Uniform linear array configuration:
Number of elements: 12
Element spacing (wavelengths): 0.5
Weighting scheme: hann
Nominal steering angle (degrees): -15
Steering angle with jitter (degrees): -13.764
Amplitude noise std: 0.05
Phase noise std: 0.05

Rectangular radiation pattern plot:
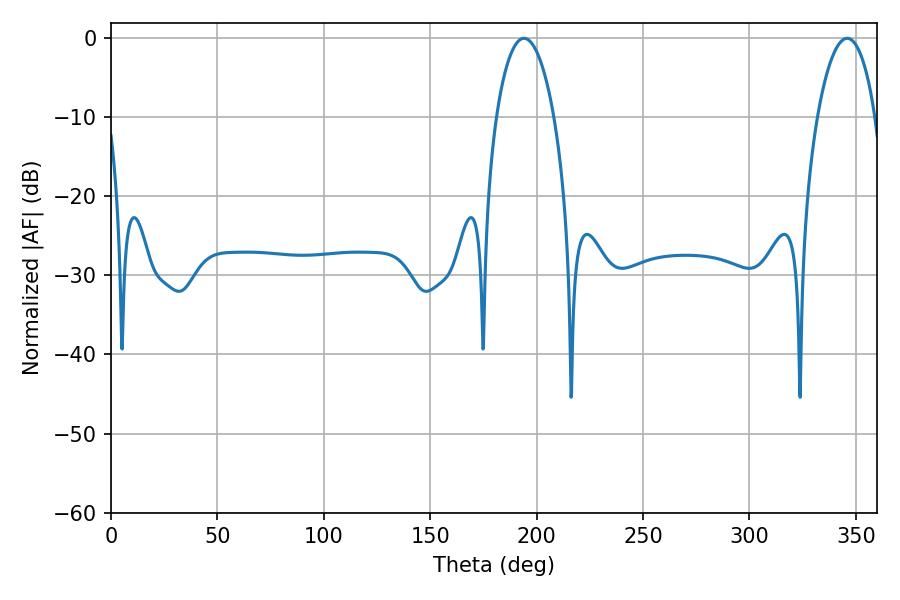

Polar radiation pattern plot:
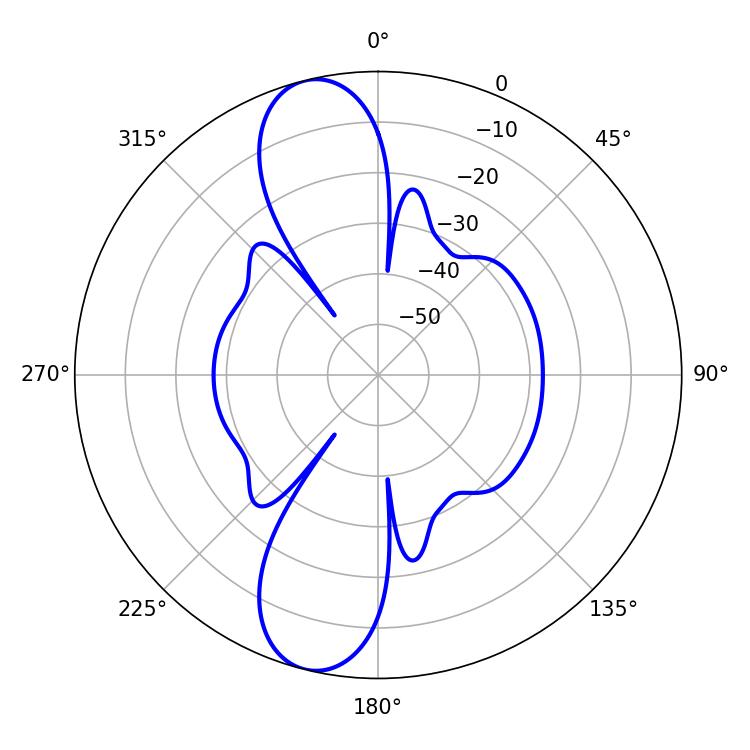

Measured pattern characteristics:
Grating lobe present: FALSE
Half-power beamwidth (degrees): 15.3
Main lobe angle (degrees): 194.04